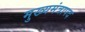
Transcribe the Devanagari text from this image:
मुख्यमंत्रापद